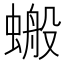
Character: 𧏘